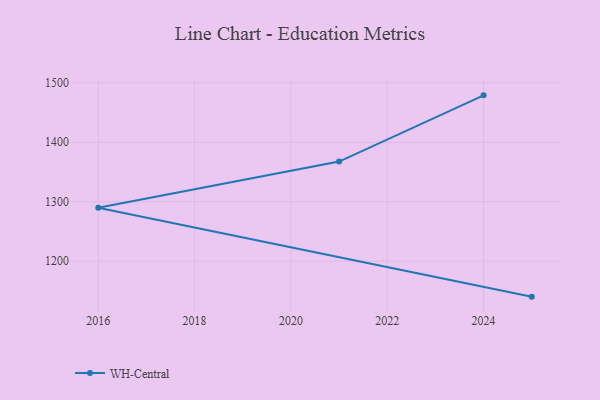
{"axis": {"x": "Year", "y": "Page Views"}, "legend": ["WH-Central"], "data": [{"x": "2024", "y": 1479.0, "type": "WH-Central"}, {"x": "2021", "y": 1367.6, "type": "WH-Central"}, {"x": "2016", "y": 1289.8, "type": "WH-Central"}, {"x": "2025", "y": 1140.2, "type": "WH-Central"}]}